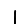
Digit: 1